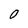
Character: 0